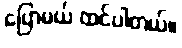
ပြောမယ် ထင်ပါတယ်။